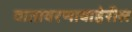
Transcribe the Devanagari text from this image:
वातावरणाबाहेरील